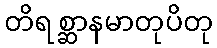
တိရစ္ဆာနမာတုပိတု